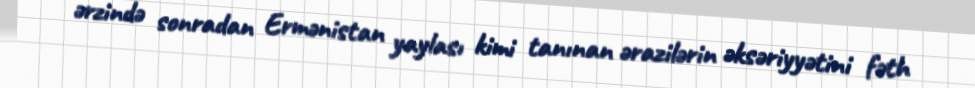
ərzində sonradan Ermənistan yaylası kimi tanınan ərazilərin əksəriyyətini fəth